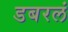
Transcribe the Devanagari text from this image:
डबरलं